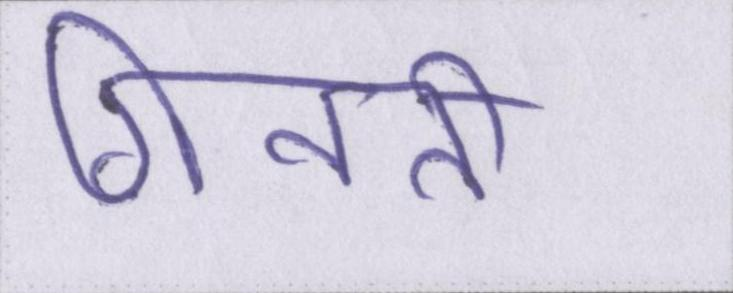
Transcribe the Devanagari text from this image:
गिनती